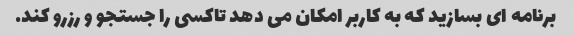
برنامه ای بسازید که به کاربر امکان می دهد تاکسی را جستجو و رزرو کند.